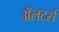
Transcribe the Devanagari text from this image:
अॅलर्ट्स